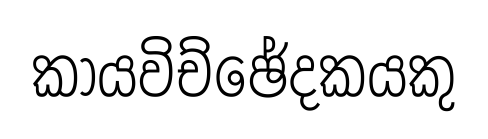
කායවිච්ඡේදකයකු